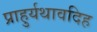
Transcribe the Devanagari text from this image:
प्राहुर्यथावदिह